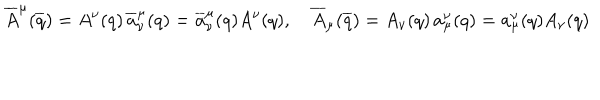
LaTeX: \overline { { { A } } } ^ { \mu } ( \overline { { { q } } } ) = A ^ { \nu } ( q ) \, \overline { { { a } } } _ { \nu } ^ { \mu } ( q ) = \overline { { { a } } } _ { \nu } ^ { \mu } ( q ) A ^ { \nu } ( q ) , \quad \overline { { { A } } } _ { \mu } ( \overline { { { q } } } ) = A _ { \nu } ( q ) \, { a } _ { \mu } ^ { \nu } ( q ) = { a } _ { \mu } ^ { \nu } ( q ) A _ { \nu } ( q )